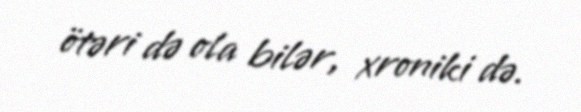
ötəri də ola bilər, xroniki də.